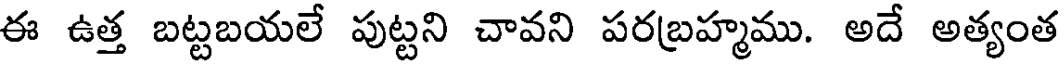
ఈ ఉత్త బట్టబయలే పుట్టని చావని పరబ్రహ్మము. అదే అత్యంత